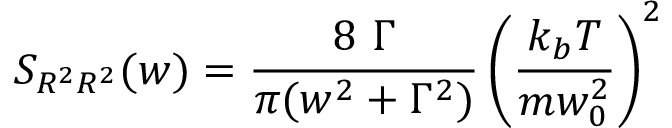
S _ { R ^ { 2 } R ^ { 2 } } ( w ) = \frac { 8 \ \Gamma } { \pi ( w ^ { 2 } + \Gamma ^ { 2 } ) } \left( \frac { k _ { b } T } { m w _ { 0 } ^ { 2 } } \right) ^ { 2 }